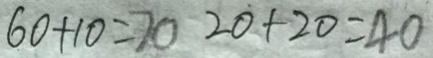
6 0 + 1 0 = 7 0 2 0 + 2 0 = 4 0